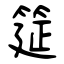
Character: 筵